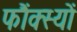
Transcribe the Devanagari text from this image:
फौंक्स्यों